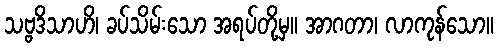
သဗ္ဗဒိသာဟိ၊ ခပ်သိမ်းသော အရပ်တို့မှ။ အာဂတာ၊ လာကုန်သော။